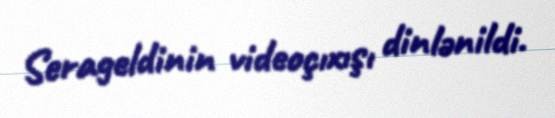
Serageldinin videoçıxışı dinlənildi.